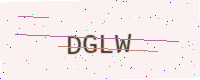
Text: DGLW